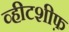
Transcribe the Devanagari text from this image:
व्हीटशीफ़